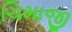
ચિમાજી